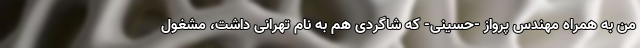
من به همراه مهندس پرواز -حسینی- که شاگردی هم به نام تهرانی داشت، مشغول